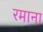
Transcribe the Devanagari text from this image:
रमाना